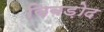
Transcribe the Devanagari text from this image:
विबड़ोद